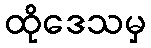
ထိုဒေသမှ